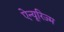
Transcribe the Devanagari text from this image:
ऐन्यूरिज्म